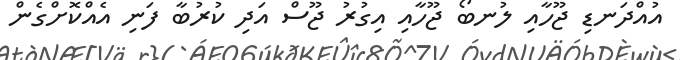
އުއްދަނޑި ޖޫހާއި ލުނބޯ ޖޫހާއި އިގުރު ޖޫސް އަދި ކުރުބާ ފަނި އެއްކޮށްގެން